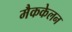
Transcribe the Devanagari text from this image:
मैककेलन